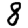
Digit: 8